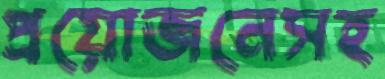
প্রয়োজনেসহ